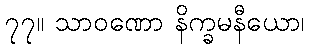
၇၇။ သာဝဏော နိက္ခမနီယော၊